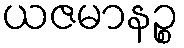
ယဇမာနဉ္စ